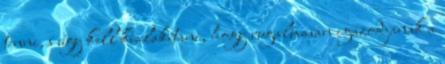
tenni, s úgy kell kialakítani, hogy rugalmasan igazodjanak a